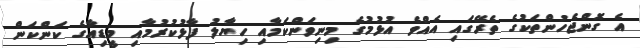
އެ ގޮންޖެހުންތަކުގެ ތެރޭގައި އެއްވެ އުޅުމުގެ މިނިވަންކަމާއި ހިޔާލު ފާޅުކުރުމާއި މީޑިއާގެ ކަންކަން